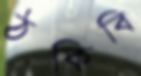
ঠকিবি